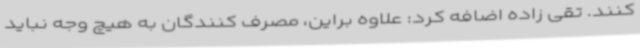
کنند. تقی زاده اضافه کرد: علاوه براین، مصرف کنندگان به هیچ وجه نباید